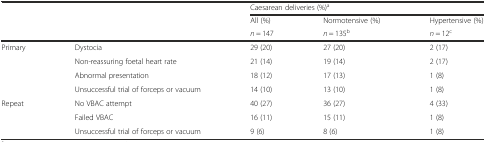
<table><thead><tr><td></td><td></td><td colspan="3"><b>Caesarean deliveries (%)<sup>a</sup></b></td></tr><tr><td></td><td></td><td><b>All (%)</b></td><td><b>Normotensive (%)</b></td><td><b>Hypertensive (%)</b></td></tr><tr><td></td><td></td><td><b><i>n</i> = 147</b></td><td><b><i>n</i> = 135<sup>b</sup></b></td><td><b><i>n</i> = 12<sup>c</sup></b></td></tr></thead><tbody><tr><td rowspan="4">Primary</td><td>Dystocia</td><td>29 (20)</td><td>27 (20)</td><td>2 (17)</td></tr><tr><td>Non-reassuring foetal heart rate</td><td>21 (14)</td><td>19 (14)</td><td>2 (17)</td></tr><tr><td>Abnormal presentation</td><td>18 (12)</td><td>17 (13)</td><td>1 (8)</td></tr><tr><td>Unsuccessful trial of forceps or vacuum</td><td>14 (10)</td><td>13 (10)</td><td>1 (8)</td></tr><tr><td rowspan="3">Repeat</td><td>No VBAC attempt</td><td>40 (27)</td><td>36 (27)</td><td>4 (33)</td></tr><tr><td>Failed VBAC</td><td>16 (11)</td><td>15 (11)</td><td>1 (8)</td></tr><tr><td>Unsuccessful trial of forceps or vacuum</td><td>9 (6)</td><td>8 (6)</td><td>1 (8)</td></tr></tbody></table>